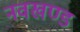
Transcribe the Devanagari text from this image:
नवखण्ड